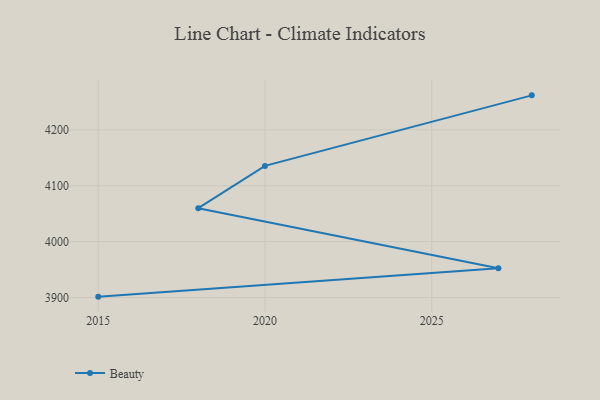
{"axis": {"x": "Year", "y": "Conversion Rate (%)"}, "legend": ["Beauty"], "data": [{"x": "2028", "y": 4261.7, "type": "Beauty"}, {"x": "2020", "y": 4135.5, "type": "Beauty"}, {"x": "2018", "y": 4059.8, "type": "Beauty"}, {"x": "2027", "y": 3952.3, "type": "Beauty"}, {"x": "2015", "y": 3901.5, "type": "Beauty"}]}